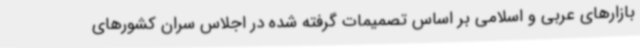
بازارهای عربی و اسلامی بر اساس تصمیمات گرفته شده در اجلاس سران کشورهای